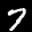
Label: 7